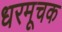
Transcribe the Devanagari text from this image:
धरमूचक